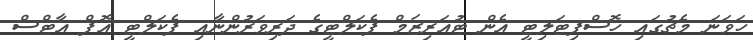
ހަވަނަ މެޗުގައި ހޮސްޕިޓަލިޓީ އެން ޓުއަރިޒަމް ފެކަލްޓީގެ ދަރިވަރުންނާއި ފެކަލްޓީ އޮފް އާޓްސް